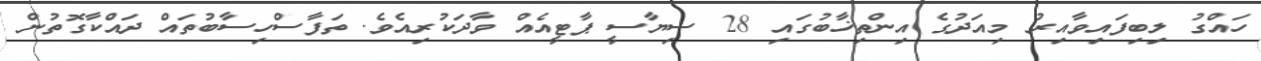
ހައްގު ލިބިފައިވާއިރު މިއަދުގެ އިންތިޚާބުގައި 28 ސިޔާސީ ޕާޓީއެއް ވާދަކުރިއެވެ. ތަފާސްހިސާބުތައް ދައްކާގޮތުން